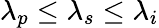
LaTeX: \lambda_{p}\leq\lambda_{s}\leq\lambda_{i}